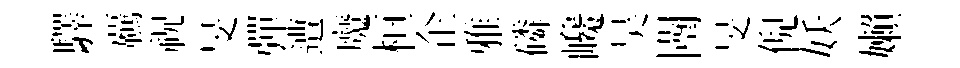
驛覊祝旻彈遭魔桓企雅磷巉昊闉旻倪妖嬾